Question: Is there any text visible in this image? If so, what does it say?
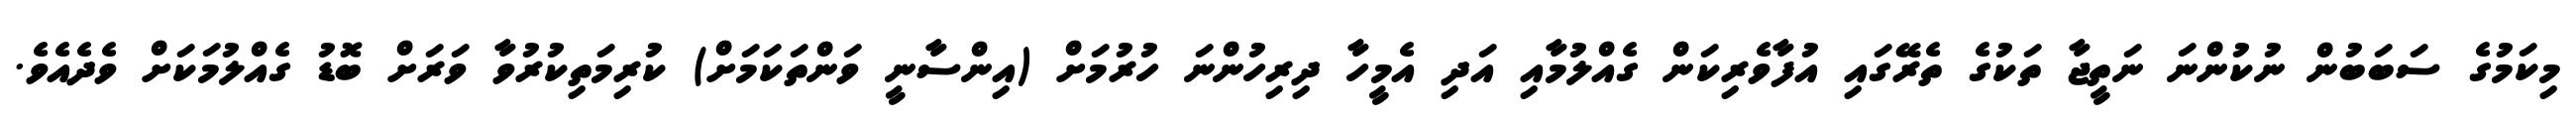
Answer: މިކަމުގެ ސަބަބުން ނުކުންނަ ނަތީޖާ ތަކުގެ ތެރޭގައި އުފާވެރިކަން ގެއްލުމާއި އަދި އެމީހާ ދިރިހުންނަ ހުރުމަށް (އިންސާނީ ވަންތަކަމަށް) ކުރިމަތިކުރުވާ ވަރަށް ބޮޑު ގެއްލުމަކަށް ވެދެއެވެ.